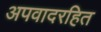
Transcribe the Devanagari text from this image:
अपवादरहित